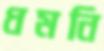
ধমনি